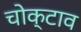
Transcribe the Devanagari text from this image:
चोक्टाव